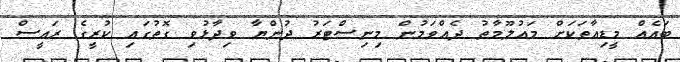
ބައެއް މީޑިއާތަކަށް މައުލޫމާތު ދެއްވަމުން މިނިސްޓަރު ދުންޔާ ވިދާޅުވި ގޮތުގައި ކުރީގެ ރައީސް